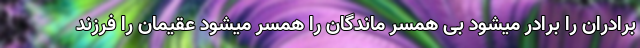
برادران را برادر میشود بی همسر ماندگان را همسر میشود عقیمان را فرزند